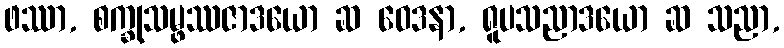
ဖဿာ, စက္ခုသမ္ဖဿဇာဒယော ဆ ဝေဒနာ, ရူပသညာဒယော ဆ သညာ,